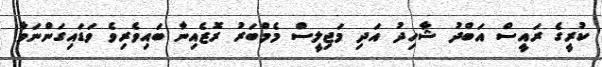
ކުރީގެ ރައީސް އަބްދު ޝާހިދު އަދި މަޖިލީސް މެމްބަރު ރޮޒެއިނާ ބައިވެރިވެ ވަޑައިގަންނަވާ